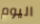
اليوم